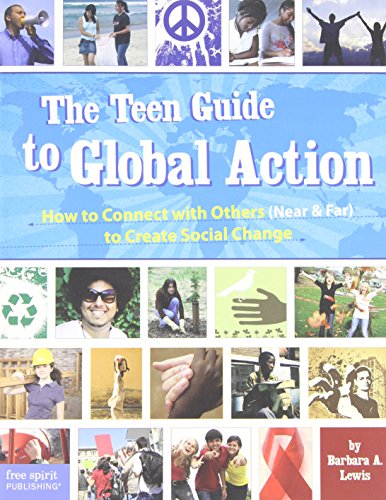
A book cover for The Teen Guide to Global Action: How to Connect with Others (Near & Far) to Create Social Change; Barbara A. Lewis; Business & Money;